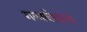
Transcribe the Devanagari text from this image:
गन्धर्वशास्त्र